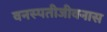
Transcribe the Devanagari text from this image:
वनस्पतीजीवनास